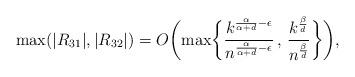
LaTeX: \begin{align*}\max(|R_{31}|,|R_{32}|) = O \biggl( \max \biggl\{ \frac{k^{\frac{\alpha}{\alpha+d} - \epsilon}}{n^{\frac{\alpha}{\alpha+d} - \epsilon}}\, , \, \frac{k^{\frac{\beta}{d}}}{n^{\frac{\beta}{d}}} \biggr\} \biggr),\end{align*}